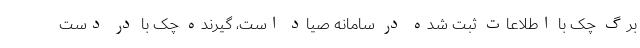
برگ چک با اطلاعات ثبت شده در سامانه صیاد است، گیرنده چک با در دست